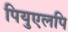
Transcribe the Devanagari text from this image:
पियुएलपि